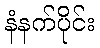
နံနက်ပိုင်း